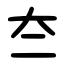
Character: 夳